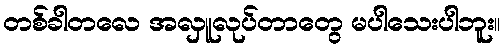
တစ်ခါတလေ အလှူလုပ်တာတွေ မပါသေးပါဘူး။